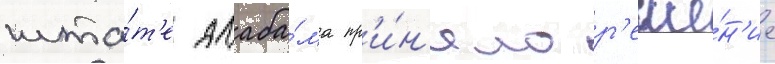
шта́т'е алаба́ма пр'и́н'яло р'еше́н'ие